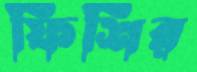
ফিশির